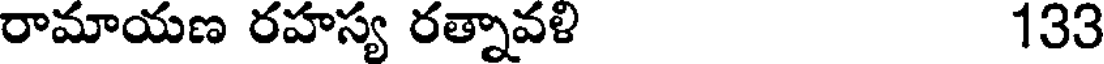
రామాయణ రహస్య రత్నావళి 133